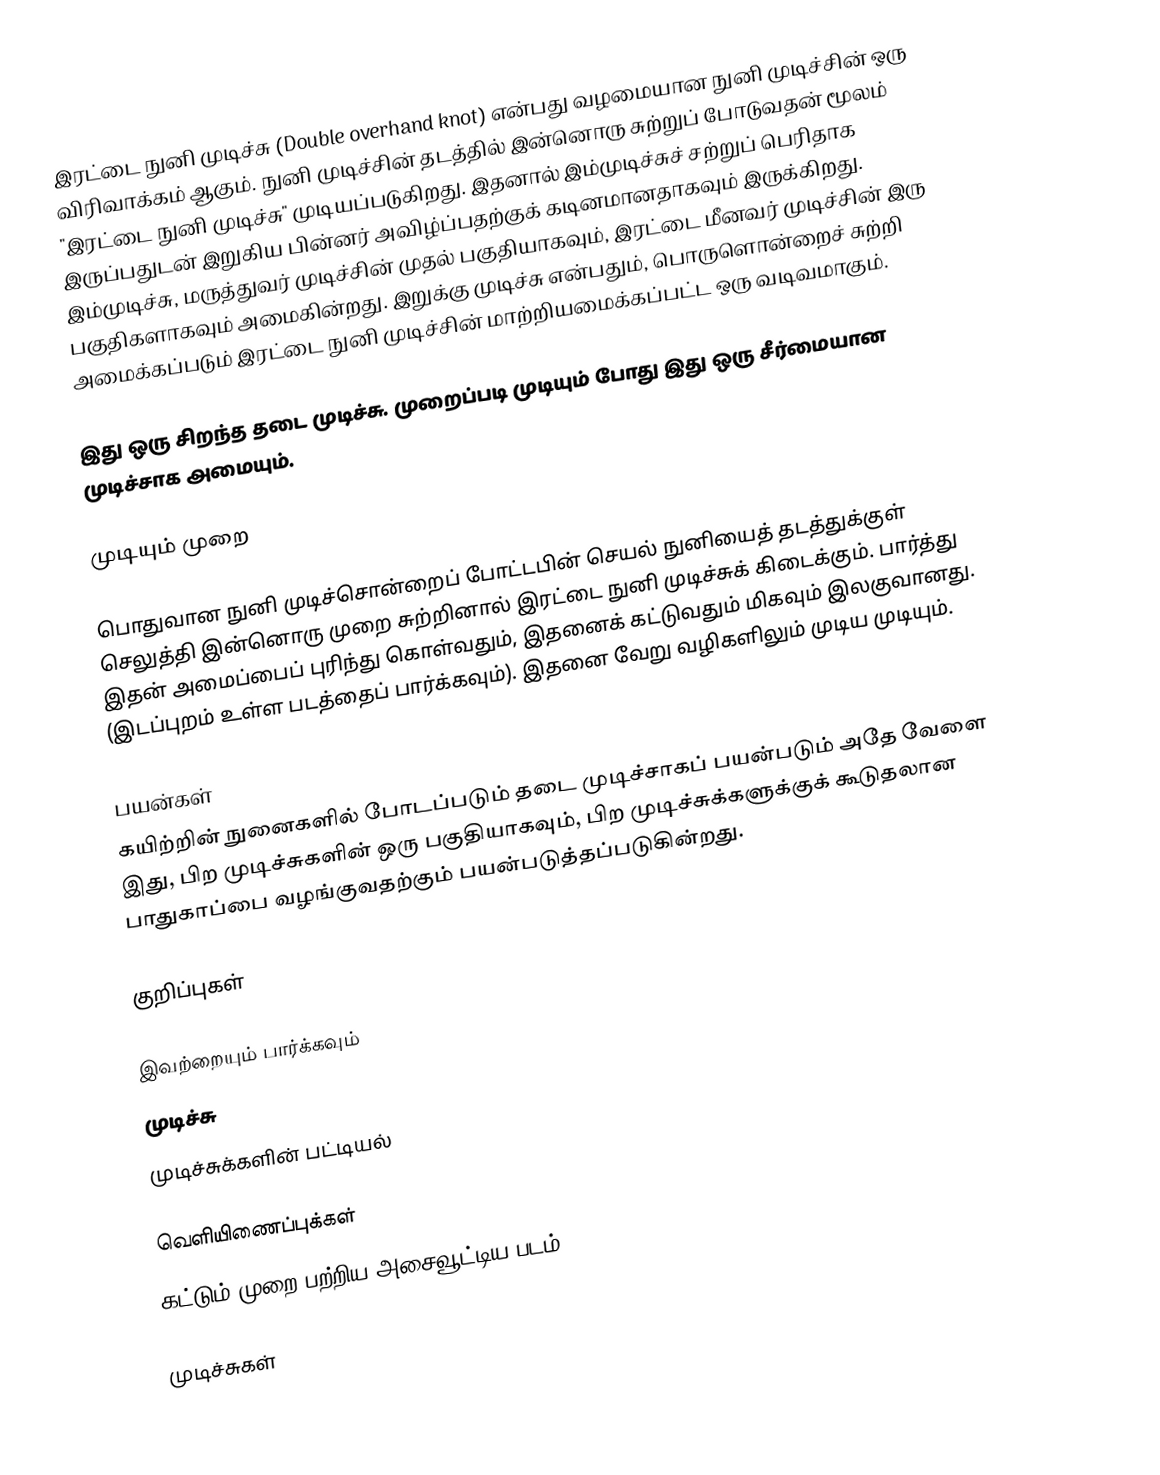
இரட்டை நுனி முடிச்சு (Double overhand knot) என்பது வழமையான நுனி முடிச்சின் ஒரு விரிவாக்கம் ஆகும். நுனி முடிச்சின் தடத்தில் இன்னொரு சுற்றுப் போடுவதன் மூலம் "இரட்டை நுனி முடிச்சு" முடியப்படுகிறது. இதனால் இம்முடிச்சுச் சற்றுப் பெரிதாக இருப்பதுடன் இறுகிய பின்னர் அவிழ்ப்பதற்குக் கடினமானதாகவும் இருக்கிறது. இம்முடிச்சு, மருத்துவர் முடிச்சின் முதல் பகுதியாகவும், இரட்டை மீனவர் முடிச்சின் இரு பகுதிகளாகவும் அமைகின்றது. இறுக்கு முடிச்சு என்பதும், பொருளொன்றைச் சுற்றி அமைக்கப்படும் இரட்டை நுனி முடிச்சின் மாற்றியமைக்கப்பட்ட ஒரு வடிவமாகும்.

இது ஒரு சிறந்த தடை முடிச்சு. முறைப்படி முடியும் போது இது ஒரு சீர்மையான முடிச்சாக அமையும்.

முடியும் முறை

பொதுவான நுனி முடிச்சொன்றைப் போட்டபின் செயல் நுனியைத் தடத்துக்குள் செலுத்தி இன்னொரு முறை சுற்றினால் இரட்டை நுனி முடிச்சுக் கிடைக்கும். பார்த்து இதன் அமைப்பைப் புரிந்து கொள்வதும், இதனைக் கட்டுவதும் மிகவும் இலகுவானது. (இடப்புறம் உள்ள படத்தைப் பார்க்கவும்). இதனை வேறு வழிகளிலும் முடிய முடியும்.

பயன்கள்
கயிற்றின் நுனைகளில் போடப்படும் தடை முடிச்சாகப் பயன்படும் அதே வேளை இது, பிற முடிச்சுகளின் ஒரு பகுதியாகவும், பிற முடிச்சுக்களுக்குக் கூடுதலான பாதுகாப்பை வழங்குவதற்கும் பயன்படுத்தப்படுகின்றது.

குறிப்புகள்

இவற்றையும் பார்க்கவும்
 முடிச்சு
 முடிச்சுக்களின் பட்டியல்

வெளியிணைப்புக்கள்
 கட்டும் முறை பற்றிய அசைவூட்டிய படம்

முடிச்சுகள்